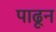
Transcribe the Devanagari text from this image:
पाढून